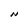
Character: N